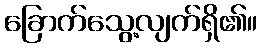
ခြောက်သွေ့လျက်ရှိ၏။